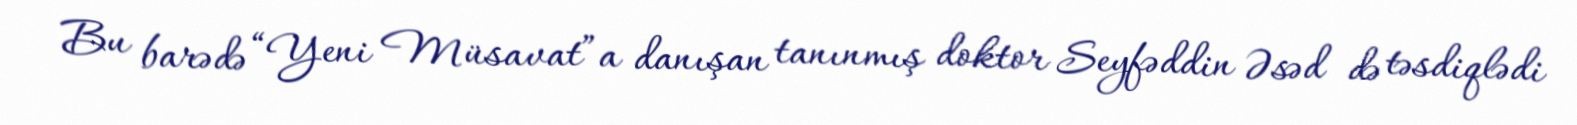
Bu barədə “Yeni Müsavat”a danışan tanınmış doktor Seyfəddin Əsəd də təsdiqlədi